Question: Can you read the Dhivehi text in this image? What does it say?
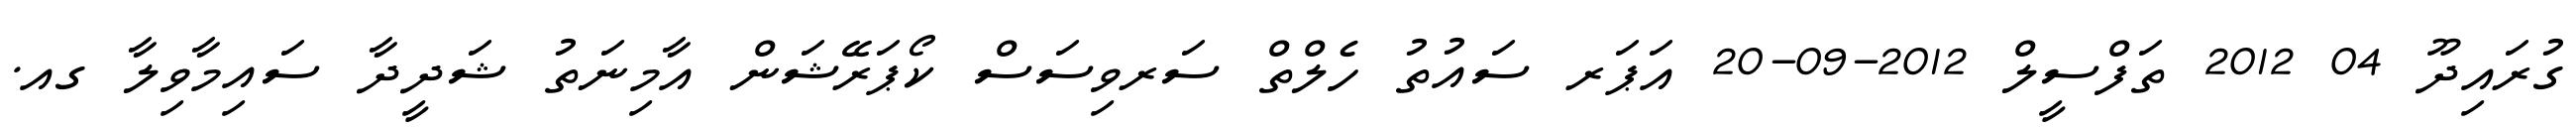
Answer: ގުރައިދޫ 04 2012 ތަފްސީލް 2012-09-20 އަޕަރ ސައުތު ހެލްތް ސަރވިސަސް ކޯޕަރޭޝަން އާމިނަތު ޝަދީދާ ސައިމާވިލާ ގއ.